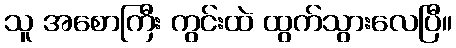
သူ အစောကြီး ကွင်းထဲ ထွက်သွားလေပြီ။